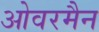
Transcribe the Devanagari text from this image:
ओवरमैन